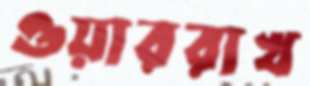
ওয়াররাখ